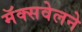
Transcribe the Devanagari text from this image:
मॅक्सवेलने